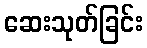
ဆေးသုတ်ခြင်း